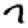
Digit: 7